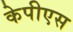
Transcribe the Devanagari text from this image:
केपीएस